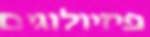
פיזיולוגים